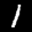
Label: 1